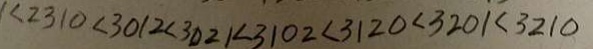
1 < 2 3 1 0 < 3 0 1 2 < 3 0 2 1 < 3 1 0 2 < 3 1 2 0 < 3 2 0 1 < 3 2 1 0